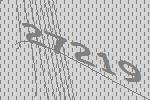
27219